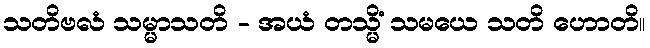
သတိဗလံ သမ္မာသတိ - အယံ တသ္မိံ သမယေ သတိ ဟောတိ။